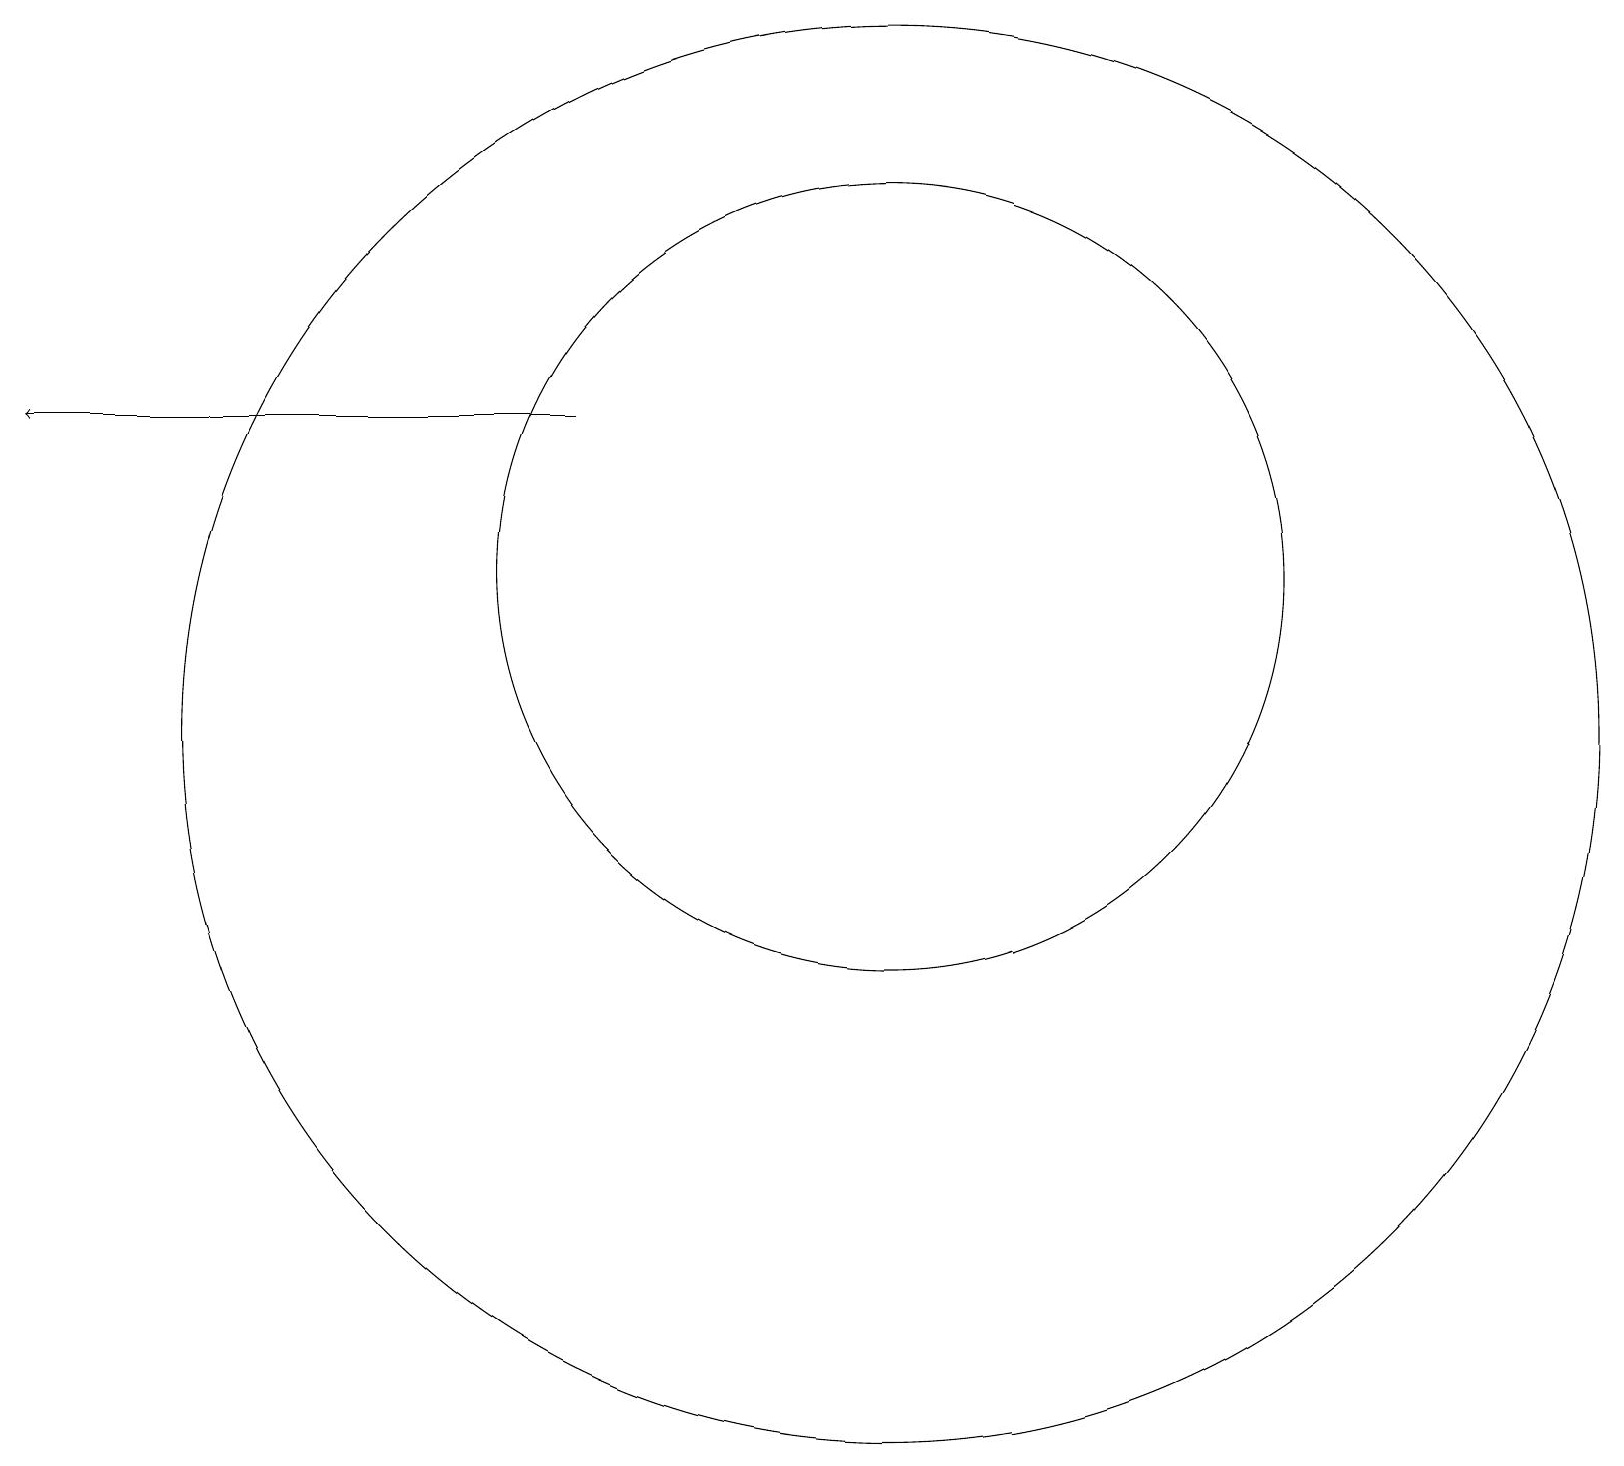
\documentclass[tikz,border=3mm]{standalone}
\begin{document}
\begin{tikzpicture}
\draw (11,12) circle (5);
\draw[->] (7,14) -- (0,14);
\draw (11,10) circle (9);
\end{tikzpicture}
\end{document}